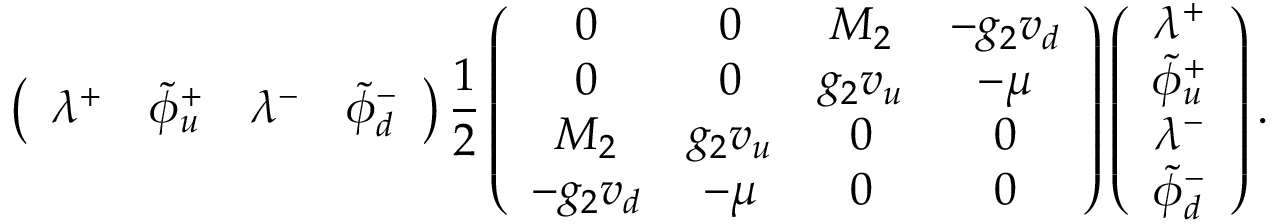
\left( \begin{array} { c c c c } { { \lambda ^ { + } } } & { { { \tilde { \phi } } _ { u } ^ { + } } } & { { \lambda ^ { - } } } & { { { \tilde { \phi } } _ { d } ^ { - } } } \end{array} \right) { \frac { 1 } { 2 } } \left( \begin{array} { c c c c } { { 0 } } & { { 0 } } & { { M _ { 2 } } } & { { - g _ { 2 } v _ { d } } } \\ { { 0 } } & { { 0 } } & { { g _ { 2 } v _ { u } } } & { { - \mu } } \\ { { M _ { 2 } } } & { { g _ { 2 } v _ { u } } } & { { 0 } } & { { 0 } } \\ { { - g _ { 2 } v _ { d } } } & { { - \mu } } & { { 0 } } & { { 0 } } \end{array} \right) \left( \begin{array} { c } { { \lambda ^ { + } } } \\ { { { \tilde { \phi } } _ { u } ^ { + } } } \\ { { \lambda ^ { - } } } \\ { { { \tilde { \phi } } _ { d } ^ { - } } } \end{array} \right) .